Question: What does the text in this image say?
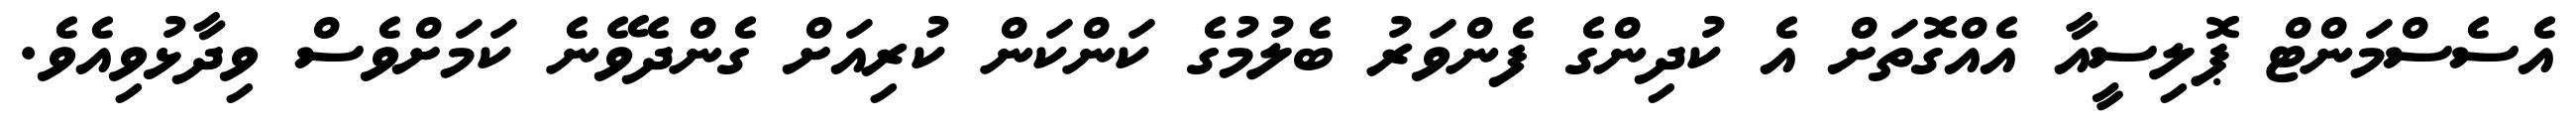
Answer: އެސެސްމަންޓް ޕޮލިސީއާ އެއްގޮތަށް އެ ކުދިންގެ ފެންވަރު ބެލުމުގެ ކަންކަން ކުރިއަށް ގެންދެވޭނެ ކަމަށްވެސް ވިދާޅުވިއެވެ.